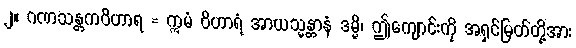
၂။ ဂဏသန္တကဝိဟာရ = ဣမံ ဝိဟာရံ အာယသ္မန္တာနံ ဒမ္မိ၊ ဤကျောင်းကို အရှင်မြတ်တို့အား